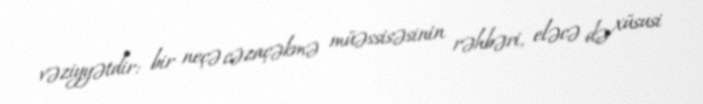
vəziyyətdir: bir neçə cəzaçəkmə müəssisəsinin rəhbəri, eləcə də xüsusi